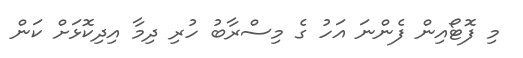
މި ފޮޓޯއިން ފެންނަ އަހު ގެ މިސްރާބު ހުރި ދިމާ އިދިކޮޅަށް ކަން